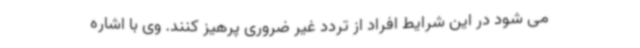
می شود در این شرایط افراد از تردد غیر ضروری پرهیز کنند. وی با اشاره